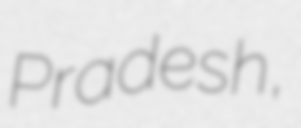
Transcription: Pradesh,